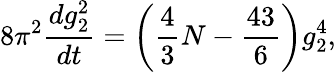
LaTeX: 8\pi^{2}{\frac{dg_{2}^{2}}{dt}}=\left({\frac{4}{3}}N-{\frac{43}{6}}\right)g_{2}^{4},